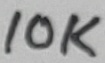
Text: 10K